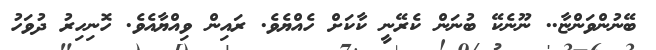
ބޭނުންވަންޏާ.. ނޫނެކޭ ބުނަން ކެރޭނީ ކާކަށް ހެއްޔެވެ. ރައިން ވިއްޔާއެވެ. ހޮނިހިރު ދުވަހު